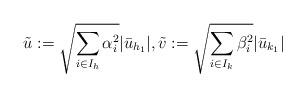
LaTeX: \begin{align*}\tilde u:=\sqrt{\sum_{i\in I_h} \alpha_i^2}|\bar u_{h_1}|,\tilde v:=\sqrt{\sum_{i\in I_k} \beta_i^2}|\bar u_{k_1}|\end{align*}